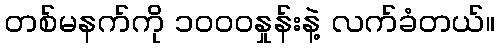
တစ်မနက်ကို ၁၀၀၀နှုန်းနဲ့ လက်ခံတယ်။